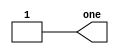
module top_module( output one );


    assign one = 1;

endmodule